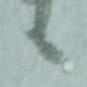
候